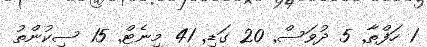
1 ހަފްތާ